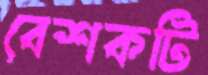
বেশকটি